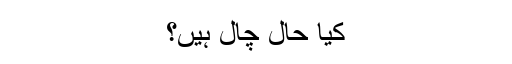
کیا حال چال ہیں؟